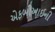
એફબીઆઈની